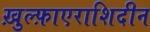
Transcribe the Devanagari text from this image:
ख़ुल्फ़ाएराशिदीन